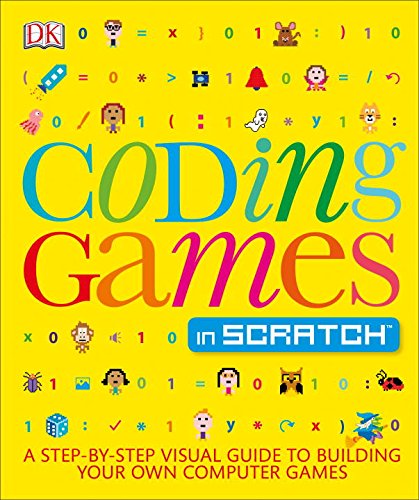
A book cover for Coding Games in Scratch; DK; Children's Books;